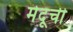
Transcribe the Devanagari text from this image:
मेदूची